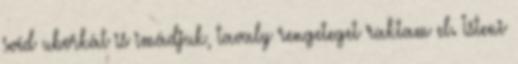
svéd uborkát is imádjuk, tavaly rengeteget raktam el. Isteni